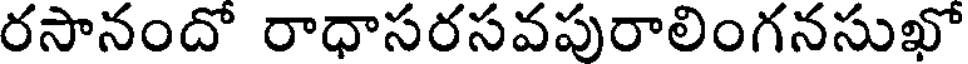
రసానందో రాధాసరసవపురాలింగనసుఖో